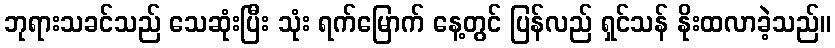
ဘုရားသခင်သည် သေဆုံးပြီး သုံး ရက်မြောက် နေ့တွင် ပြန်လည် ရှင်သန် နိုးထလာခဲ့သည်။